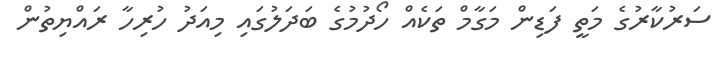
ސަރުކާރުގެ މަތީ ފަޑިން މަގާމް ތަކެއް ހޯދުމުގެ ބަދަލުގައި މިއަދު ހުރިހާ ރައްޔިތުން